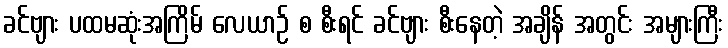
ခင်ဗျား ပထမဆုံးအကြိမ် လေယာဉ် စ စီးရင် ခင်ဗျား စီးနေတဲ့ အချိန် အတွင်း အများကြီး